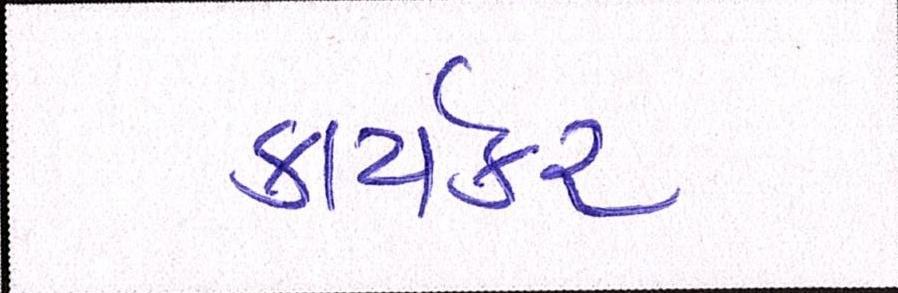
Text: કાર્યકર